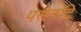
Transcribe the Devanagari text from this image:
पसेनदि